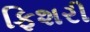
ફિશરી